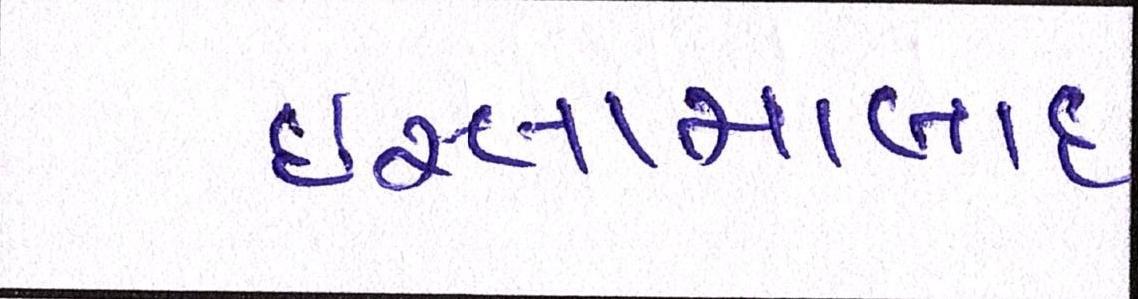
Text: ઇસ્લામાબાદ